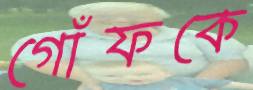
গোঁফকে